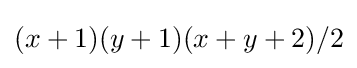
(x+1)(y+1)(x+y+2)/2